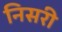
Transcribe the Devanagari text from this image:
निसरी